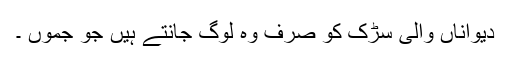
دیواناں والی سڑک کو صرف وہ لوگ جانتے ہیں جو جموں ۔